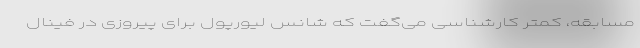
مسابقه، کمتر کارشناسی می‌گفت که شانس لیورپول برای پیروزی در فینال